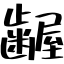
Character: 齷